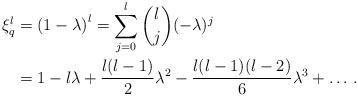
LaTeX: \begin{align*}\xi_q^l & = \left(1-\lambda\right)^l = \sum_{j=0}^{l}\binom lj (-\lambda)^j \\& = 1-l\lambda+\frac{l(l-1)}{2}\lambda^2-\frac{l(l-1)(l-2)}{6}\lambda^3+\ldots \,.\end{align*}